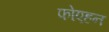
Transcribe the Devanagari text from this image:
फोएहन